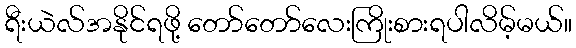
ရီးယဲလ်အနိုင်ရဖို့ တော်တော်လေးကြိုးစားရပါလိမ့်မယ်။